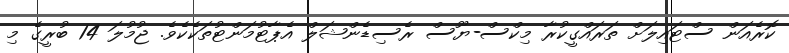
ކޮރެއަން ސްޓައިލަށް ތަރައްގީކުރާ މިކްސް-ޔޫސް ރެސިޑެންޝަލް އެޕާޓުމަންޓުތަކެކެވެ. ޖުމުލަ 14 ބުރީގެ މި